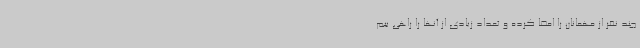
چند نفر از مهمانان را امضا کرده و تعداد زیادی از آنها را راهی بیم